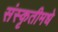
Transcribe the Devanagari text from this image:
संस्कृतीमधे